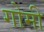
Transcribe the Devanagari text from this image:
गोमी